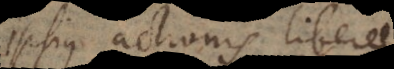
ipsius actionis liberae